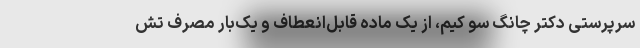
سرپرستی دکتر چانگ سو کیم، از یک ماده قابل‌انعطاف و یک‌بار مصرف تش